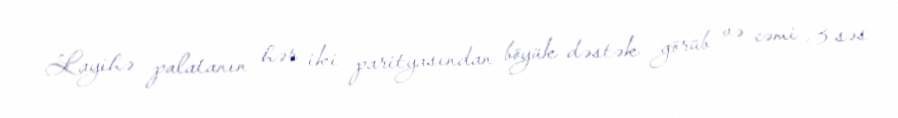
Layihə palatanın hər iki parityasından böyük dəstək görüb və cəmi 3 səs